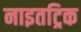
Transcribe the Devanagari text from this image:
नाइतट्रिक